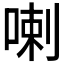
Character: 喇